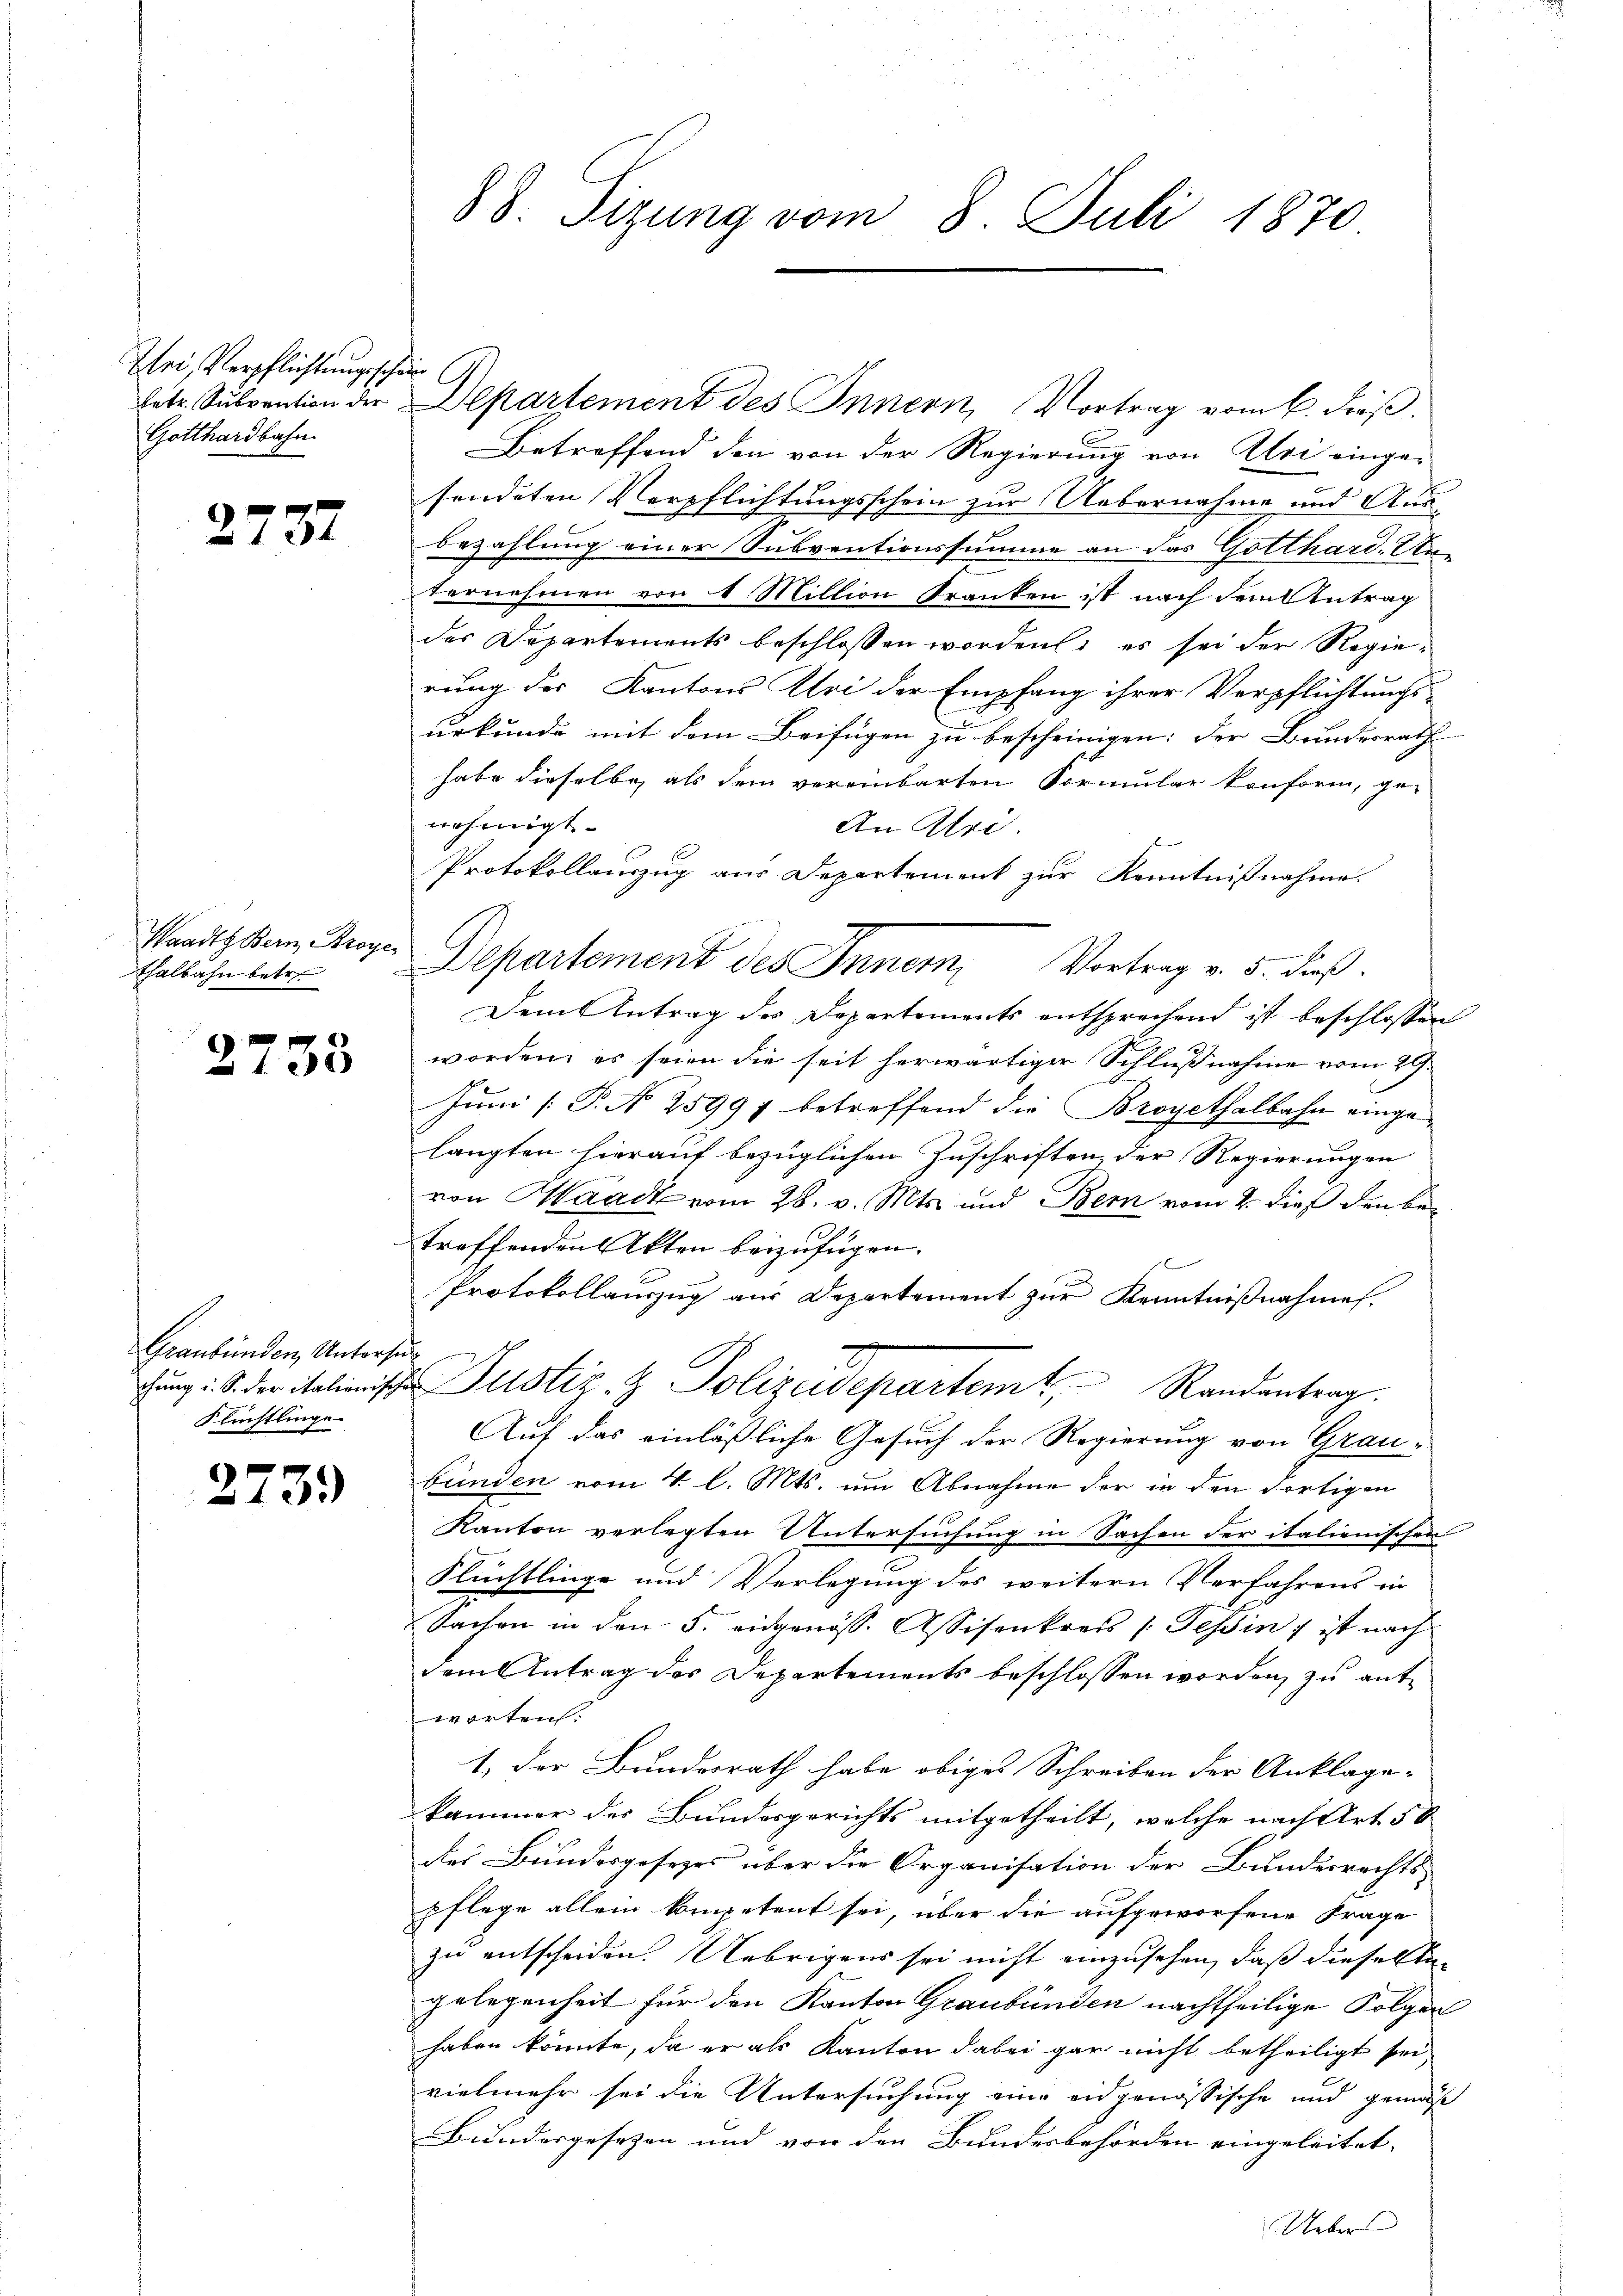
sei, Verpflichtungssche
betr. Subvention der
Gotthardbahn

2737

Waadt Bern, Broye
Thalbahn betr.

2733

Graubünden, Untersu
Flüchtlinge

27

3.)

88. Sizung vom 8. Juli 1870

i
Departement des Innern, Vortrag vom 6. dieβ.
Betreffend den von der Regierung von Uri einge-
sendeten Verpflichtungsschein zur Uebernahme und Ausbezahlung einer Subventionssumme an das Gotthard. Unternehmen von 4 Million Franken ist nach dem Antrag
des Departements beschlossen worden: es sei der Regierung des Kantons Aloi der Empfang ihrer Verpflichtungs-
urkunde mit dem Beifügen zu bescheinigen: der Bundesrath
habe dieselbe als dem vereinbarten Formular konform, ge-
nehmigt.
An Uri
Protokollauszug aus Departement zur Kenntnißnahme.
Departement des Inner, Vortrag v. 5. dieß.
Dem Antrag des Departements entsprechend ist beschlossen
worden, es seien die seit herwärtiger Schlußnahme vom 29.
Juni [P. N. 25997 betreffend die Broyethalbahn einge-
langten hierauf bezüglichen Zuschriften der Regierungen
von Waadt vom 28. v. Mts. und Bern vom 2. dieß den betroffenden Akten beizufügen.
Protokollauszug aus Departement zur Kenntnißnahmen.
t
ung: S. der italienischen Justiz & Polizeidepartemt, Randantrag.
Auf das einläßliche Gesuch der Regierung von Grau-
bünden vom 4. l. Mts. um Abnahme der in den Fortigen
Kanton verlegten Untersuchung in Sachen der italienischen
Flüchtlinge und Verlegung des weitern Verfahrens in
Sachen in den 5. eidgenöss. Assisenkreis /: Tessin, ist nach
dem Antrag des Departements beschlossen worden, zu antworten:
1) der Bundesrath habe obiges Schreiben der Anklage- |
kammer des Bundesgerichts mitgetheilt, welche nach Art. 50
des Bundesgesezes über die Organisation der Bundesrechts-
pflege allein kompetent sei, über die aufgeworfene Frage
zu entscheiden. Uebrigens sei nicht einzusehen, daß dieselbe
gelegenheit für den Kanton Graubünden nachtheilige Folgen
haben könnte, da er als Kanton dabei gar nicht betheiligt sei,
vielmehr sei die Untersuchung eine eidgenössische und gemäß
Bundesgesetzen und von den Bundesbehörden eingeleitet.